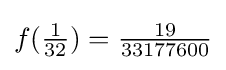
f({\tfrac {1}{32}})={\tfrac {19}{33177600}}